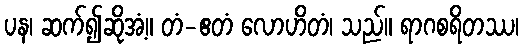
ပန၊ ဆက်၍ဆိုအံ့။ တံ-ဧတံ လောဟိတံ၊ သည်။ ရာဂစရိတဿ၊